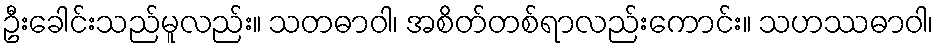
ဦးခေါင်းသည်မူလည်း။ သတဓာဝါ၊ အစိတ်တစ်ရာလည်းကောင်း။ သဟဿဓာဝါ၊